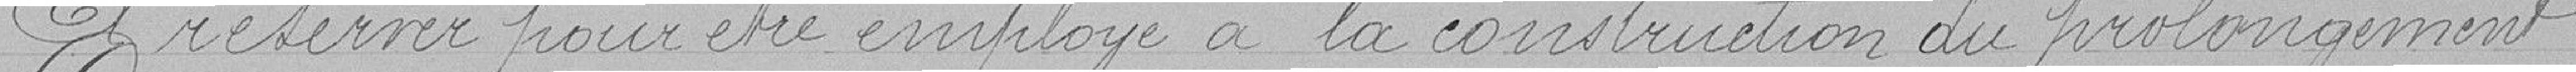
A réserver pour être employé à la construction du prolongement